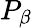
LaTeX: P_{\beta}